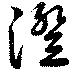
澄